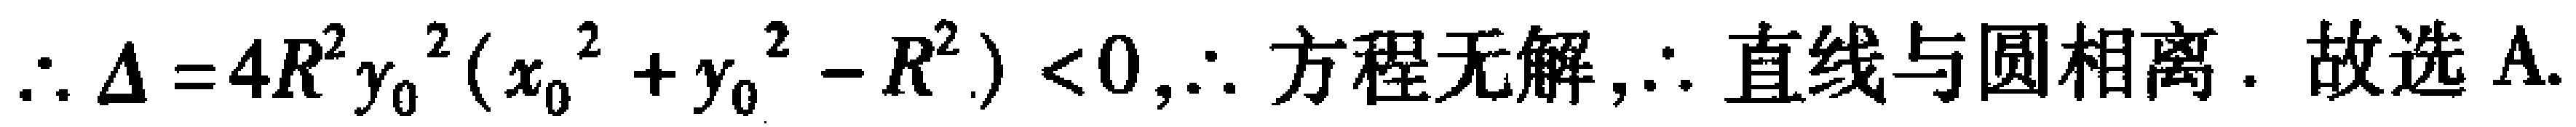
\(\therefore \Delta =4R^{2}y_{0}^{2}(x_{0}^{2}+y_{0}^{2}-R^{2}) < 0,\therefore \text{方程无解},\therefore \text{直线与圆相离}.\text{故选A.}\)